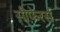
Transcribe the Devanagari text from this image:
सीफ़ेरर्स